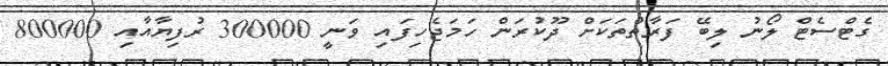
ގެޓްސެޓް ލޯނު ލިބޭ ފަރާތްތަކަށް ދޫކުރަން ހަމަޖެހިފައި ވަނީ 300000 ރުފިޔާއާއި 800000